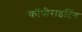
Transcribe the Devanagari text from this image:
कॉपीराइटिंग